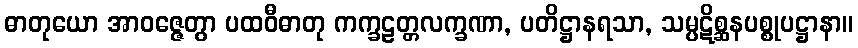
ဓာတုယော အာဝဇ္ဇေတွာ ပထဝီဓာတု ကက္ခဠတ္တလက္ခဏာ, ပတိဋ္ဌာနရသာ, သမ္ပဋိစ္ဆနပစ္စုပဋ္ဌာနာ။